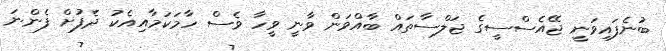
ބުނެފައިވަނީ ޖޭއެސްސީގެ ޖަލްސާތައް ބާއްވަން ވާނީ ވީހާ ވެސް ހާމަކަމާއިއެކު ދެފުށް ފެންނަ